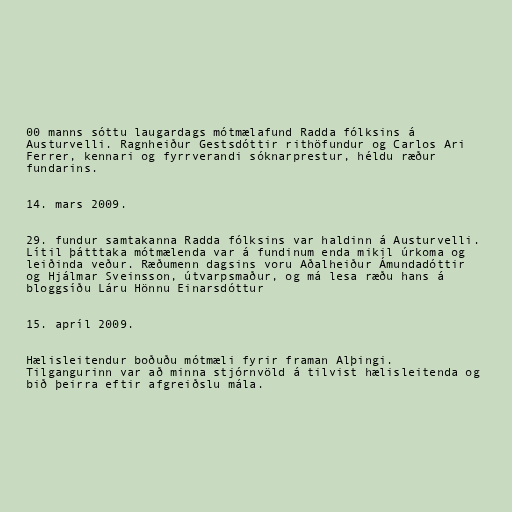
00 manns sóttu laugardags mótmælafund Radda fólksins á
Austurvelli. Ragnheiður Gestsdóttir rithöfundur og Carlos Ari
Ferrer, kennari og fyrrverandi sóknarprestur, héldu ræður
fundarins.

14. mars 2009.

29. fundur samtakanna Radda fólksins var haldinn á Austurvelli.
Lítil þátttaka mótmælenda var á fundinum enda mikil úrkoma og
leiðinda veður. Ræðumenn dagsins voru Aðalheiður Ámundadóttir
og Hjálmar Sveinsson, útvarpsmaður, og má lesa ræðu hans á
bloggsíðu Láru Hönnu Einarsdóttur

15. apríl 2009.

Hælisleitendur boðuðu mótmæli fyrir framan Alþingi.
Tilgangurinn var að minna stjórnvöld á tilvist hælisleitenda og
bið þeirra eftir afgreiðslu mála.